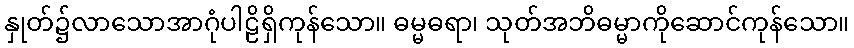
နှုတ်၌လာသောအာဂုံပါဠိရှိကုန်သော။ ဓမ္မဓရာ၊ သုတ်အဘိဓမ္မာကိုဆောင်ကုန်သော။